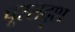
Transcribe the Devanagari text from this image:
पूरसदृश